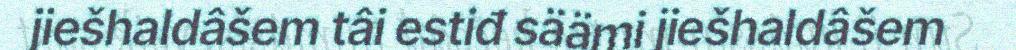
jiešhaldâšem tâi estiđ säämi jiešhaldâšem